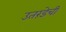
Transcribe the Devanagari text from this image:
उतरंडेची